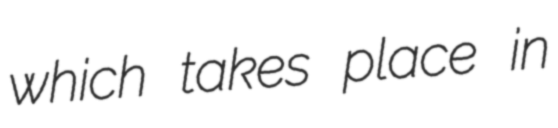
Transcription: which takes place in